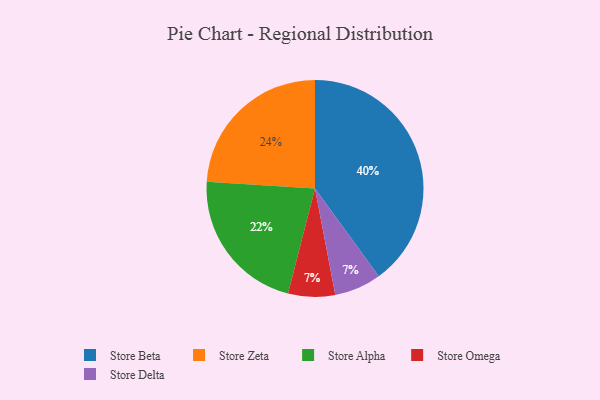
{"axis": {"x": "Category", "y": "Percentage"}, "legend": ["Store Alpha", "Store Beta", "Store Delta", "Store Omega", "Store Zeta"], "data": [{"x": "Store Omega", "y": 7, "type": "Store Omega"}, {"x": "Store Zeta", "y": 24, "type": "Store Zeta"}, {"x": "Store Beta", "y": 40, "type": "Store Beta"}, {"x": "Store Alpha", "y": 22, "type": "Store Alpha"}, {"x": "Store Delta", "y": 7, "type": "Store Delta"}]}